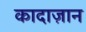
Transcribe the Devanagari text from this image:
कादाज़ान